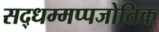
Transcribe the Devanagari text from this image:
सद्धम्मप्पजोतिक